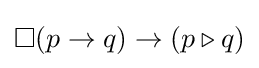
\Box (p\rightarrow q)\rightarrow (p\triangleright q)